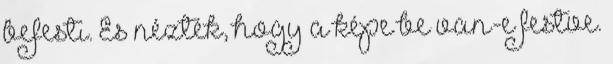
befesti. És nézték, hogy a képe be van-e festve.